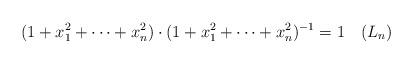
LaTeX: \begin{align*}(1+x_1^2 + \cdots + x_n^2)\cdot (1+x_1^2 + \cdots + x_n^2)^{-1}&=1\ \ \ (L_n) \end{align*}